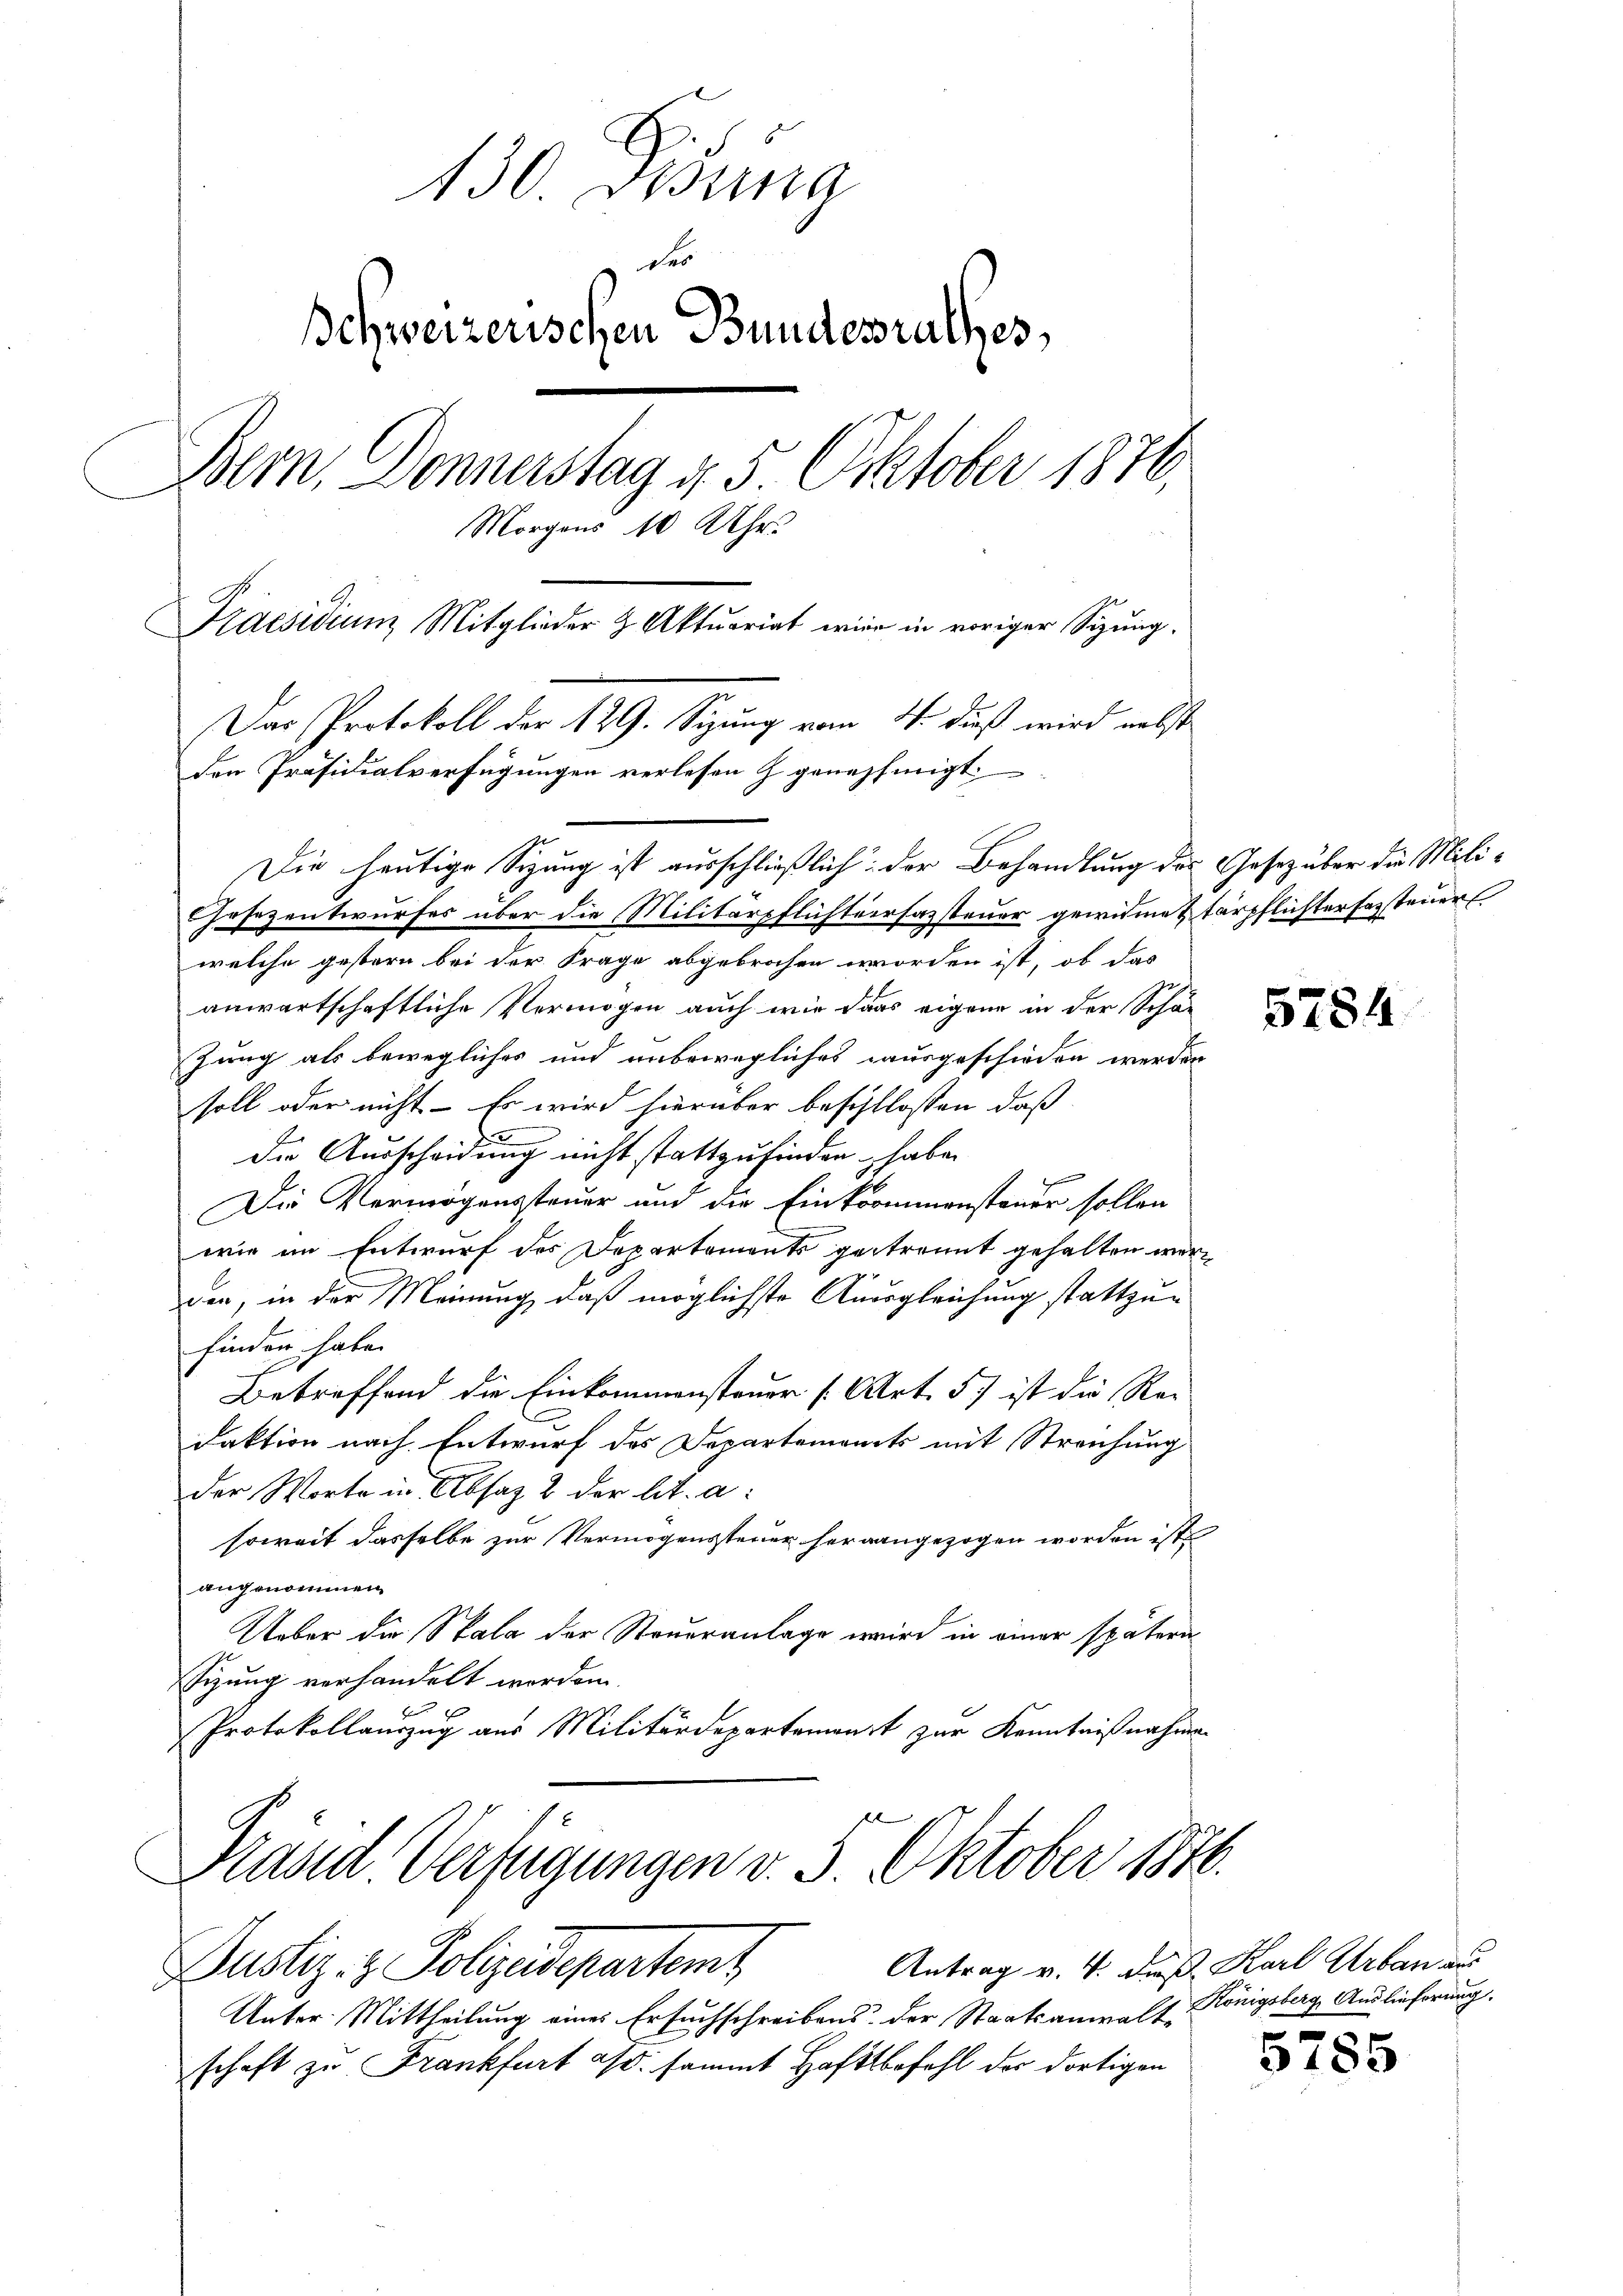
130 Didung
des
Ichweizerischen Bundesrathes,
Bern, Donnerstag d. 5. Oktober 1876.
Morgens 10 Uhr.
Praesidium Mitglieder & Aktuariat wie in voriger Sizung.
Das Protokoll der 129. Sizung vom 4. dieß wird nebst
den Präsidialverfügungen verlesen z. genehmigt.

Die heutige Sitzung ist ausschließlich: der Behandlung des Gesetz über die Mili¬

Gesezentwurfes über die Militärpflichtversazsteuer gewidmet tärpflichter ersteuer
welche gestern bei der Frage abgebrochen worden ist, ob das
anwartschaftliche Vermögen auch wie dass eigene in der Schö-
jung als bewegliches und unbewegliches ausgeschieden werden
soll oder nicht - Es wird hierüber beschlossen, daß
die Ausscheidung nicht stattzufinden habe.
.
Die Vermögenssteuer und die Einkommensteuer sollen
wie im Entwurf des Departements gestrennt gehalten werder, in der Meinung, daß möglichste Aussgleichung stattzun
finden habe.
Betreffend die Einkommensteuer (Art. 57 ist die Re-
daktion nach Entwurf des Departements mit Streichung
der Worte in Absaz 2 der lit. a:
soweit dasselbe zur Vermögenssteuer hergangezogen worden ist
angenommen
Ueber die Spala der Steueranlage wird in einer spätern
Sizung verhandelt worden.
Protokollauszug aus Militärdepartement zur Kenntnißnahmen
Präsid Verfügungen v. 5. Oktober 1870.
Antrag v. V. daß Karl Urban aus
Dustiz- & Polizeidepartemt
Unter Mittheilung eines Ersuchschreibens der Staatsanwaltschaft zu Frankfurt 40. sammt Haftsbefehl der dortigen

5784.

Königsberg, Auslieferung.

5785